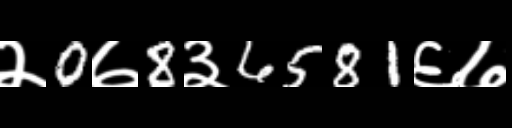
Text: २0७8३6581६७